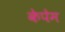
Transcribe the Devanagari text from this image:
केपेम